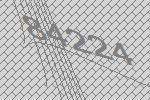
84224